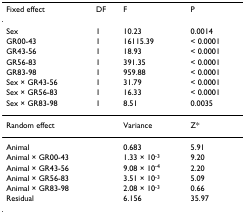
<table><thead><tr><td><b>Fixed effect</b></td><td><b>DF</b></td><td><b>F</b></td><td><b>P</b></td></tr></thead><tbody><tr><td>Sex</td><td>1</td><td>10.23</td><td>0.0014</td></tr><tr><td>GR00-43</td><td>1</td><td>16115.39</td><td>&lt; 0.0001</td></tr><tr><td>GR43-56</td><td>1</td><td>18.93</td><td>&lt; 0.0001</td></tr><tr><td>GR56-83</td><td>1</td><td>391.35</td><td>&lt; 0.0001</td></tr><tr><td>GR83-98</td><td>1</td><td>959.88</td><td>&lt; 0.0001</td></tr><tr><td>Sex × GR43-56</td><td>1</td><td>31.79</td><td>&lt; 0.0001</td></tr><tr><td>Sex × GR56-83</td><td>1</td><td>16.33</td><td>&lt; 0.0001</td></tr><tr><td>Sex × GR83-98</td><td>1</td><td>8.51</td><td>0.0035</td></tr><tr><td colspan="2">Random effect</td><td>Variance</td><td>Z*</td></tr><tr><td colspan="2">Animal</td><td>0.683</td><td>5.91</td></tr><tr><td colspan="2">Animal × GR00-43</td><td>1.33 × 10<sup>-3</sup></td><td>9.20</td></tr><tr><td colspan="2">Animal × GR43-56</td><td>9.08 × 10<sup>-4</sup></td><td>2.20</td></tr><tr><td colspan="2">Animal × GR56-83</td><td>3.51 × 10<sup>-3</sup></td><td>5.09</td></tr><tr><td colspan="2">Animal × GR83-98</td><td>2.08 × 10<sup>-3</sup></td><td>0.66</td></tr><tr><td colspan="2">Residual</td><td>6.156</td><td>35.97</td></tr></tbody></table>